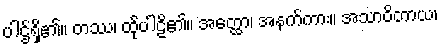
ပါဌ်ရှိ၏။ တဿ၊ ထိုပါဠိ၏။ အတ္ထော၊ အနက်ကား။ အသာဝိတာယ၊